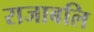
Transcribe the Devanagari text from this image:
राजाबलि